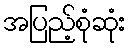
အပြည့်စုံဆုံး